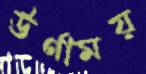
ঊর্ণাময়